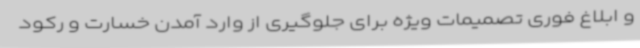
و ابلاغ فوری تصمیمات ویژه برای جلوگیری از وارد آمدن خسارت و رکود